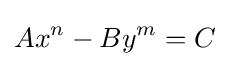
Ax^{n}-By^{m}=C